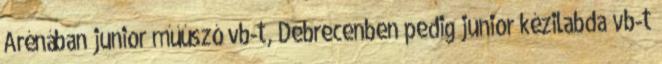
Arénában junior műúszó vb-t, Debrecenben pedig junior kézilabda vb-t